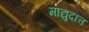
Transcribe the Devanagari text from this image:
माद्युदात्तं